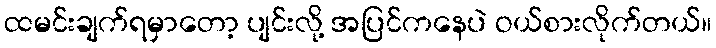
ထမင်းချက်ရမှာတော့ ပျင်းလို့ အပြင်ကနေပဲ ဝယ်စားလိုက်တယ်။